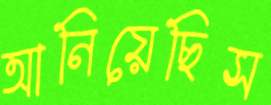
আনিয়েছিস